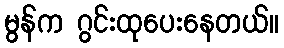
မွန်က ဂွင်းထုပေးနေတယ်။